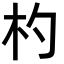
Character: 杓